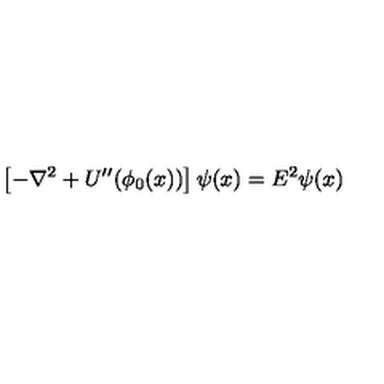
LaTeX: \left[ - \nabla ^ { 2 } + U ^ { \prime \prime } ( \phi _ { 0 } ( x ) ) \right] \psi ( x ) = E ^ { 2 } \psi ( x )